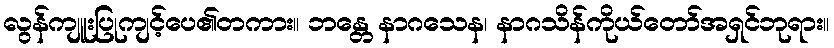
လွန်ကျူးပြုကျင့်ပေ၏တကား။ ဘန္တေ နာဂသေန၊ နာဂသိန်ကိုယ်တော်အရှင်ဘုရား။